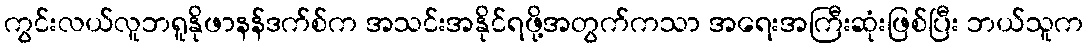
ကွင်းလယ်လူဘရူနိုဖာနန်ဒက်စ်က အသင်းအနိုင်ရဖို့အတွက်ကသာ အရေးအကြီးဆုံးဖြစ်ပြီး ဘယ်သူက